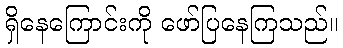
ရှိနေကြောင်းကို ဖော်ပြနေကြသည်။